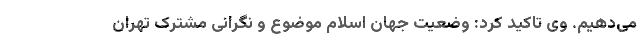
می‌دهیم. وی تاکید کرد: وضعیت جهان اسلام موضوع و نگرانی مشترک تهران